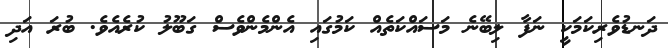
ދަނޑުވެރިކަމަކީ ނަފާ ލިބޭނެ މަސައްކަތެއް ކަމުގައި އެންމެންވެސް ގަބޫލު ކުރެއެވެ. ބުރަ އަދި